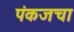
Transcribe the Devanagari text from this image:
पंकजचा